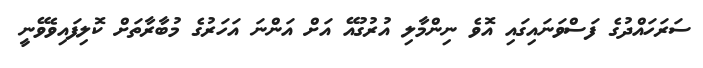
ސަރަހައްދުގެ ފަސްވަނައިގައި އޮވެ ނިންމާލި އުރުގުއޭ އަށް އަންނަ އަހަރުގެ މުބާރާތަށް ކޮލިފައިވެވޭނީ